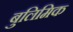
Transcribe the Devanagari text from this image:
बुलिमिक